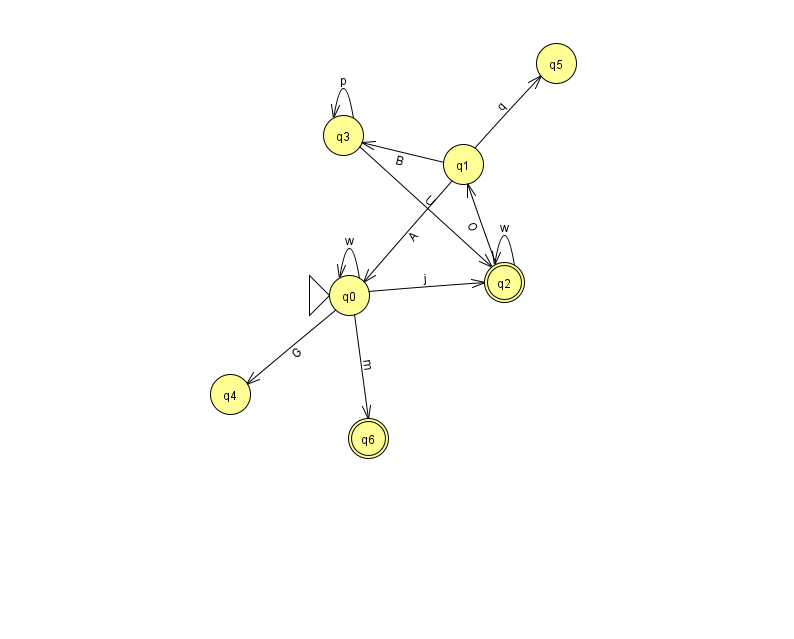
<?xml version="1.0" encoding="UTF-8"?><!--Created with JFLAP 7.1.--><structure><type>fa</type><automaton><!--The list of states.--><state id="0" name="q0"><x>349.0</x><y>282.0</y><initial/></state><state id="1" name="q1"><x>463.0</x><y>151.0</y></state><state id="2" name="q2"><x>504.0</x><y>269.0</y><final/></state><state id="3" name="q3"><x>343.0</x><y>122.0</y></state><state id="4" name="q4"><x>230.0</x><y>381.0</y></state><state id="5" name="q5"><x>556.0</x><y>50.0</y></state><state id="6" name="q6"><x>368.0</x><y>425.0</y><final/></state><!--The list of transitions.--><transition><from>3</from><to>3</to><read>p</read></transition><transition><from>3</from><to>2</to><read>U</read></transition><transition><from>0</from><to>6</to><read>m</read></transition><transition><from>1</from><to>0</to><read>A</read></transition><transition><from>0</from><to>0</to><read>w</read></transition><transition><from>1</from><to>3</to><read>B</read></transition><transition><from>2</from><to>2</to><read>w</read></transition><transition><from>1</from><to>5</to><read>q</read></transition><transition><from>0</from><to>4</to><read>G</read></transition><transition><from>2</from><to>1</to><read>O</read></transition><transition><from>0</from><to>2</to><read>j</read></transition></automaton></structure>